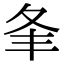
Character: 夆